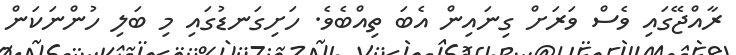
ރާއްޖޭގައި ވެސް ވަރަށް ގިނައިން އެބަ ތިއްބެވެ. ހަށިގަނޑުގައި މި ބަލި ހުންނަކަން